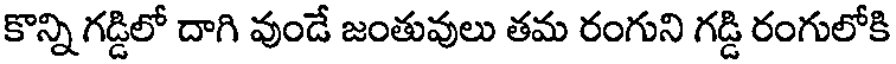
కొన్ని గడ్డిలో దాగి వుండే జంతువులు తమ రంగుని గడ్డి రంగులోకి